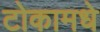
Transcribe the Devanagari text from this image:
टोकामधे